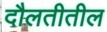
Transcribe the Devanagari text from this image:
दौलतीतील